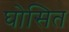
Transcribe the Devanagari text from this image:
घोसित